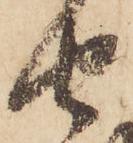
由